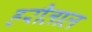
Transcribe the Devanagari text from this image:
हरीताल